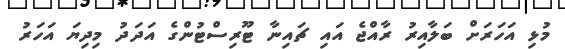
މުޅި އަހަރަށް ބަލާއިރު ރާއްޖެ އައި ޗައިނާ ޓޫރިސްޓުންގެ އަދަދު މިދިޔަ އަހަރު